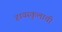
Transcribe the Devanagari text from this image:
हायस्कुलाची